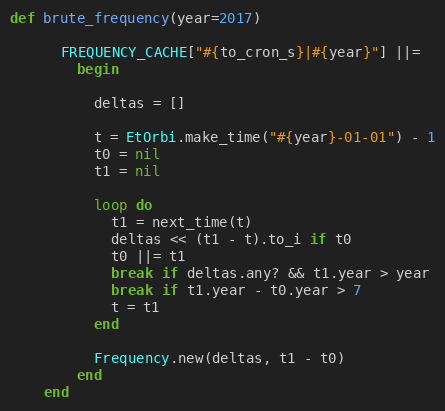
Language: Ruby
def brute_frequency(year=2017)

      FREQUENCY_CACHE["#{to_cron_s}|#{year}"] ||=
        begin

          deltas = []

          t = EtOrbi.make_time("#{year}-01-01") - 1
          t0 = nil
          t1 = nil

          loop do
            t1 = next_time(t)
            deltas << (t1 - t).to_i if t0
            t0 ||= t1
            break if deltas.any? && t1.year > year
            break if t1.year - t0.year > 7
            t = t1
          end

          Frequency.new(deltas, t1 - t0)
        end
    end